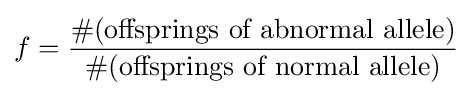
f={\frac {\#({\text{offsprings of abnormal allele)}}}{\#({\text{offsprings of normal allele)}}}}